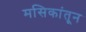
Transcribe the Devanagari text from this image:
मसिकांतून